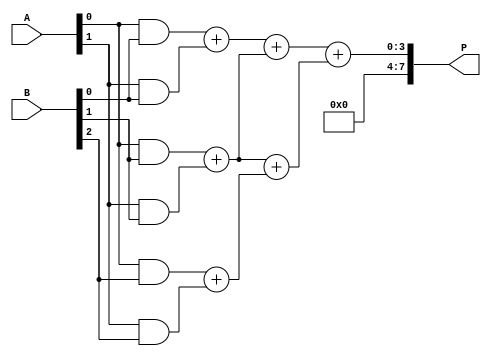
module dadda_multiplier #(parameter m = 4, n = 4) (
    input [m-1:0] A,
    input [n-1:0] B,
    output reg [m+n-1:0] P
);

    // Declare partial product array
    wire [m * n - 1:0] pp; // Partial products
    wire [(m+n-1):0] sum_stage1 [1:0];
    wire [(m+n-1):0] sum_stage2 [1:0];

    // Create Partial Products
    genvar i, j;
    generate
        for (i = 0; i < m; i = i + 1) begin : gen_pp
            for (j = 0; j < n; j = j + 1) begin : pp_calc
                assign pp[i * n + j] = A[i] & B[j];
            end
        end
    endgenerate

    // Stage 1 Reduction using Half Adders and Full Adders
    wire [m + n:0] temp_sum1 [0:m+n-1];
    wire [m + n:0] temp_carry1 [0:m+n-1];
    integer k;
    always @(*) begin
        for (k = 0; k < (m + n) - 1; k = k + 1) begin
            if (k < n) begin
                // Sum and carry 
                {temp_carry1[k], temp_sum1[k]} = pp[k] + pp[k + n];
            end
        end
    end
    
    // Stage 2 Reduction
    wire [m + n-1:0] temp_sum2 [0:m+n-1];
    wire [m + n-1:0] temp_carry2 [0:m+n-1];
    integer l;
    always @(*) begin
        for (l = 0; l < (m + n) - 2; l = l + 1) begin
            if (l < n + 1) begin
                {temp_carry2[l], temp_sum2[l]} = temp_sum1[l] + temp_sum1[l + 1];
            end
        end
    end

    // Final Addition
    always @(*) begin
        // The final result is obtained by summation of last stage sums
        P = temp_sum2[0] + temp_sum2[1];
    end

endmodule